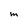
Character: M